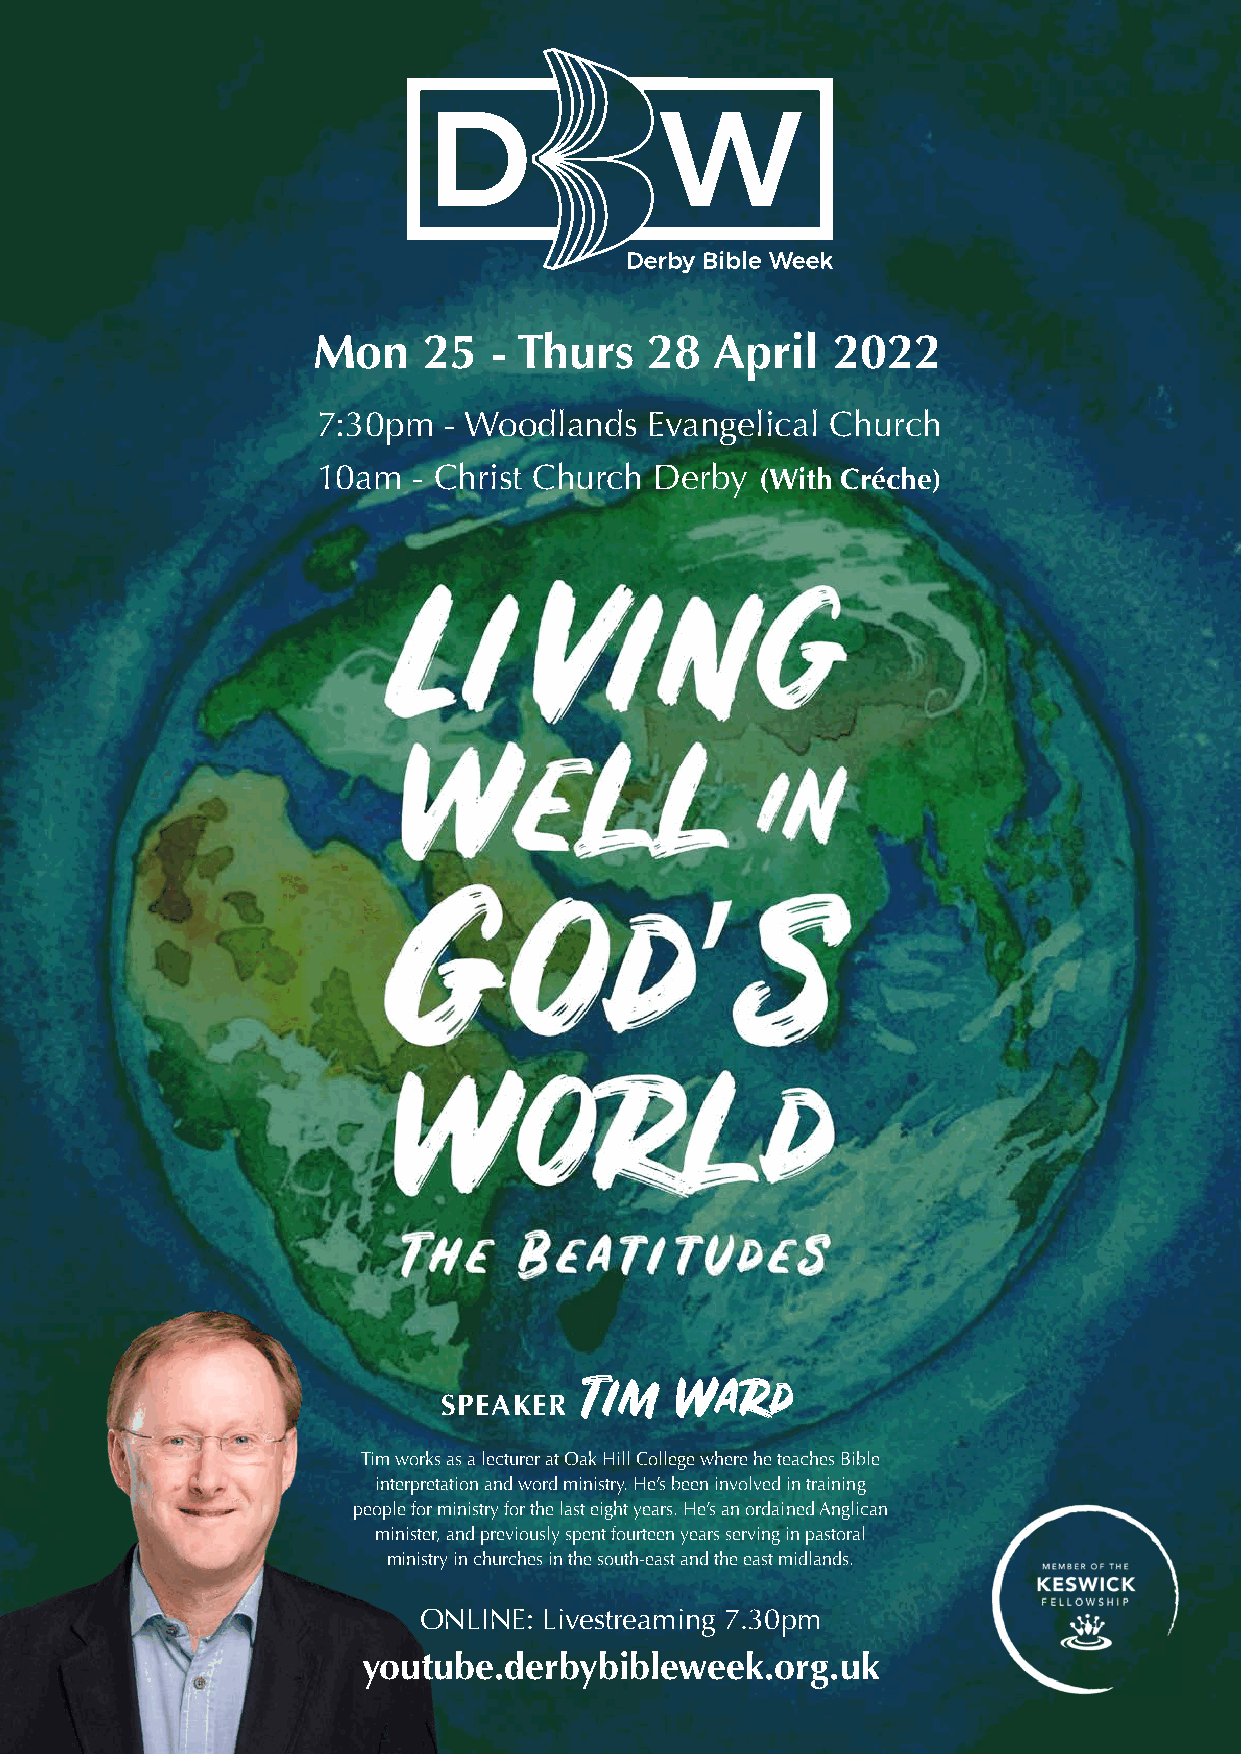
Mon    25   - Thurs   28  April   2022
 7:30pm  - Woodlands   Evangelical Church
 10am  - Christ Church Derby  (With Créche)
 SPEAKER  Tim    Ward
 Tim works as a lecturer at Oak Hill College where he teaches Bible
 interpretation and word ministry. He’s been involved in training
 people for ministry for the last eight years. He’s an ordained Anglican
 minister, and previously spent fourteen years serving in pastoral
 ministry in churches in the south-east and the east midlands.
 ONLINE: Livestreaming 7.30pm
 youtube.derbybibleweek.org.uk